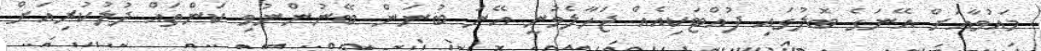
މައުވާއަށް އޭނަގެ ބޮލުގައި ފުއްޓަކިއެއް ޖަހާލެވުނީ އޭނަ ބުނަން ބޭނުންނުވި ކަންތައް ދުލުކުރިއަށް